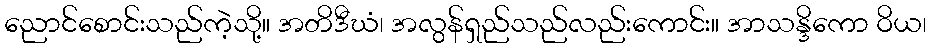
ညောင်စောင်းသည်ကဲ့သို့။ အတိဒီဃံ၊ အလွန်ရှည်သည်လည်းကောင်း။ အာသန္ဒိကော ဝိယ၊